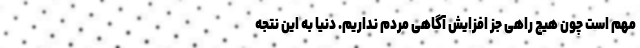
مهم است چون هیچ راهی جز افزایش آگاهی مردم نداریم. دنیا به این نتجه